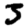
Digit: 3